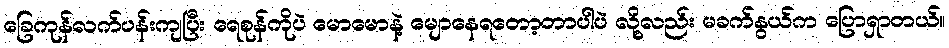
ခြေကုန်လက်ပန်းကျပြီး ရေစုန်ကိုပဲ မောမောနဲ့ မျောနေရတော့တာပါပဲ လို့လည်း မခက်နွယ်က ပြောရှာတယ်။